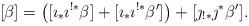
LaTeX: \begin{align*}[\beta] = \left( [\imath_*\imath^{!*}\beta] + [\imath_*\imath^{!*}\beta']\right) + [\jmath_{!*}\jmath^*\beta'].\end{align*}